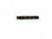
-